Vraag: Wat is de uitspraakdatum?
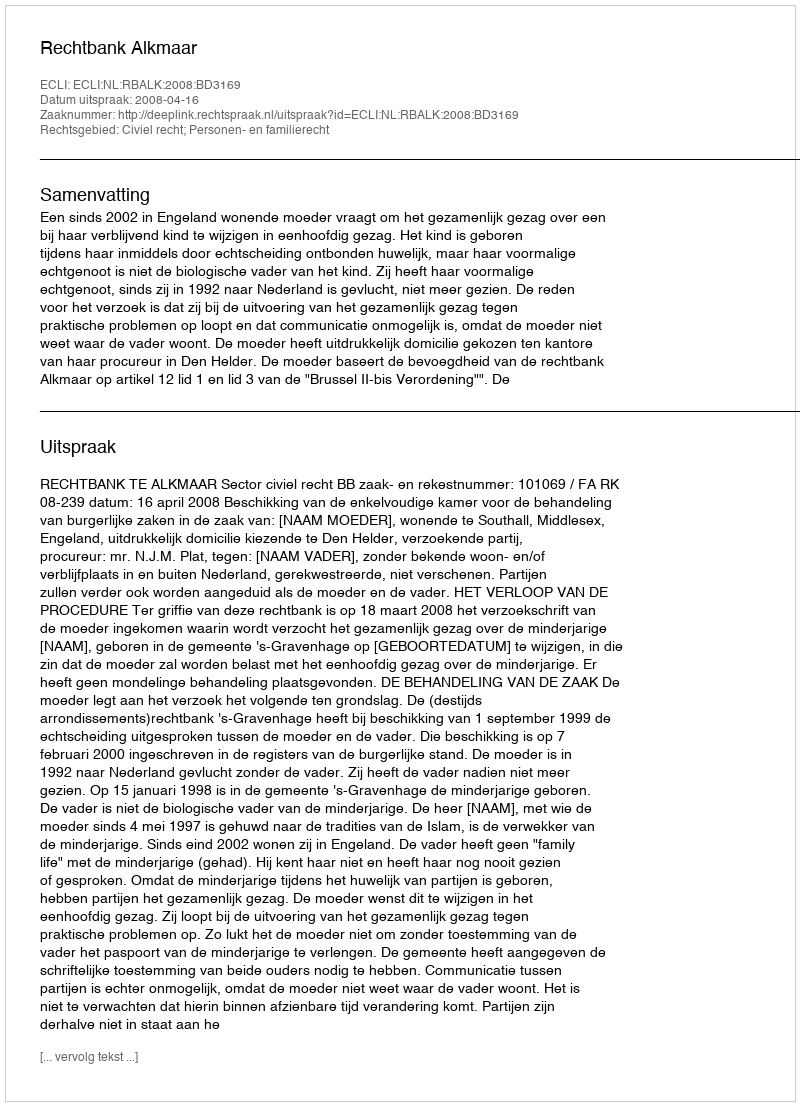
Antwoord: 2008-04-16